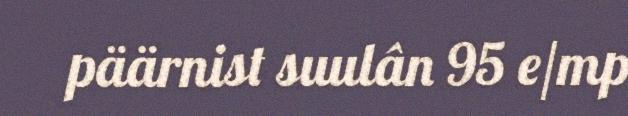
päärnist suulân 95 e/mp